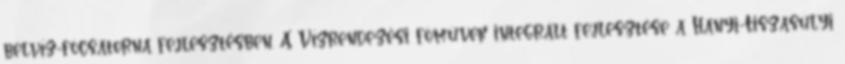
belvíz-fõcsatorna fejlesztésben. A Vízrendezési fõmûvek integrált fejlesztése a Hanyi-Tiszasülyi